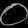
Digit: ၀